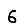
Digit: 6